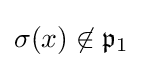
\sigma (x)\not \in {\mathfrak {p}}_{1}